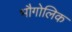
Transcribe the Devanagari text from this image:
भौगोलिक